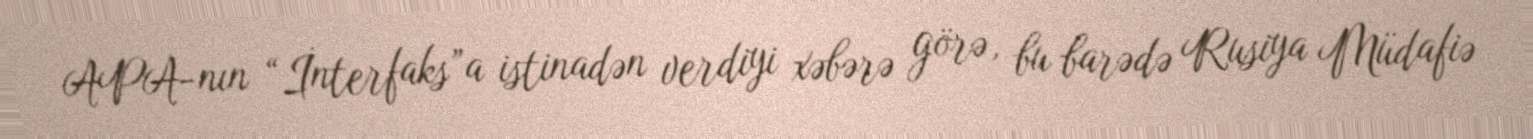
APA-nın “İnterfaks”a istinadən verdiyi xəbərə görə, bu barədə Rusiya Müdafiə